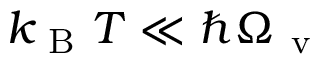
k _ { \mathrm { ~ B ~ } } T \ll \hbar \Omega _ { \mathrm { ~ v ~ } }